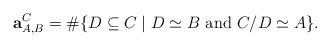
LaTeX: \begin{align*}\textbf{a}^C_{A,B}=\#\{D \subseteq C \mid D\simeq B\textrm{ and } C/D \simeq A\}.\end{align*}